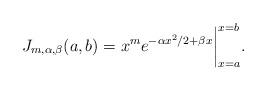
LaTeX: \begin{align*} J_{m, \alpha, \beta}(a, b) = x^me^{-\alpha x^2/2 + \beta x}\bigg|_{x = a}^{x = b}.\end{align*}